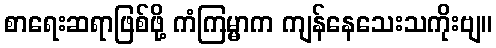
စာရေးဆရာဖြစ်ဖို့ ကံကြမ္မာက ကျန်နေသေးသကိုးဗျ။